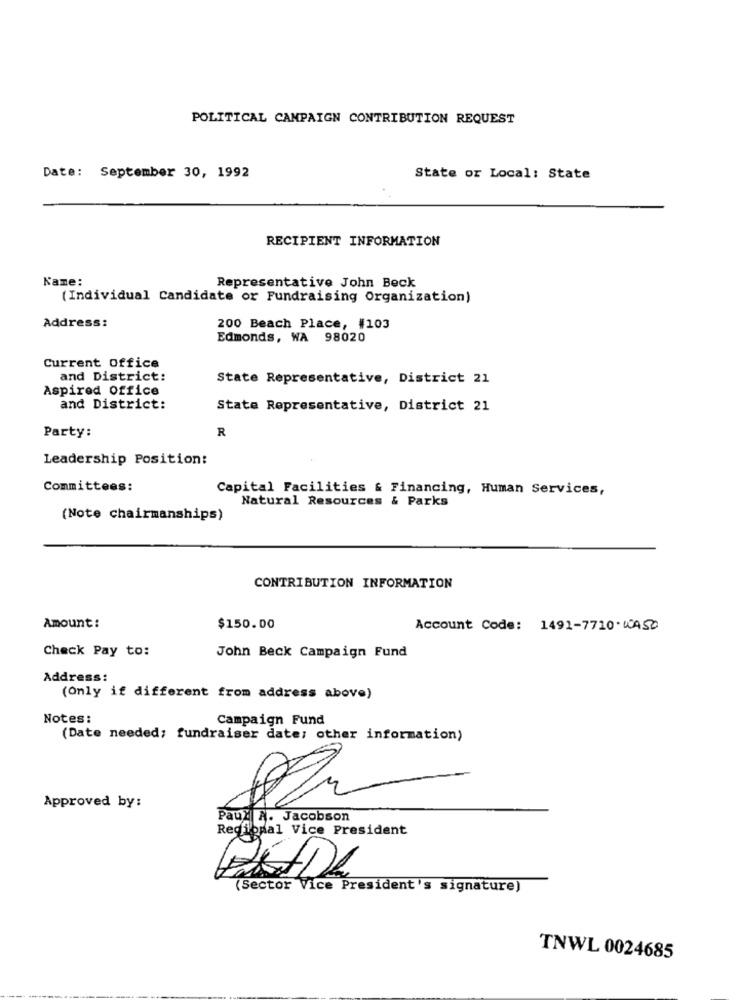
POLITICAL CAMPAIGN CONTRIBUTION REQUEST
Date: September 30, 1992
State or Local: State
RECIPIENT INFORMATION
Name:
Representative John Beck
(Individual Candidate or Fundraising Organization)
Address:
200 Beach Place, #103
Edmonds, WA 98020
Current Office
and District:
State Representative, District 21
Aspired Office
and District:
State Representative, District 21
R
Party:
Leadership Position:
Committees:
Capital Facilities & Financing, Human Services,
Natural Resources & Parks
(Note chairmanships)
CONTRIBUTION INFORMATION
Amount:
$150.00
Account Code: 1491-7710.WASD
Check Pay to:
John Beck Campaign Fund
Address:
(Only if different from address above)
Notes:
Campaign Fund
(Date needed; fundraiser date: other information)
Approved by:
Paul A. Jacobson
Regional Vice President
(Sector Vice President's signature)
TNWL 0024685